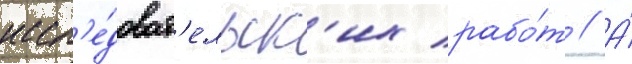
иссл'е́доват'ельск'их рабо́т // А́